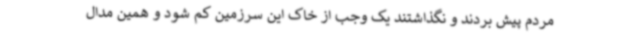
مردم پیش بردند و نگذاشتند یک وجب از خاک این سرزمین کم شود و همین مدال